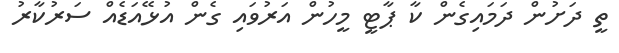
ތީ ދަށުން ދަމައިގެން ކާ ޕާޓީ މީހުން އަރުވައި ގެން އުޅޭއަޑެއް ސަރުކާރު